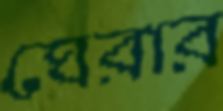
ঘেরার